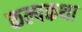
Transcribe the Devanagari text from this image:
कल्पकथा